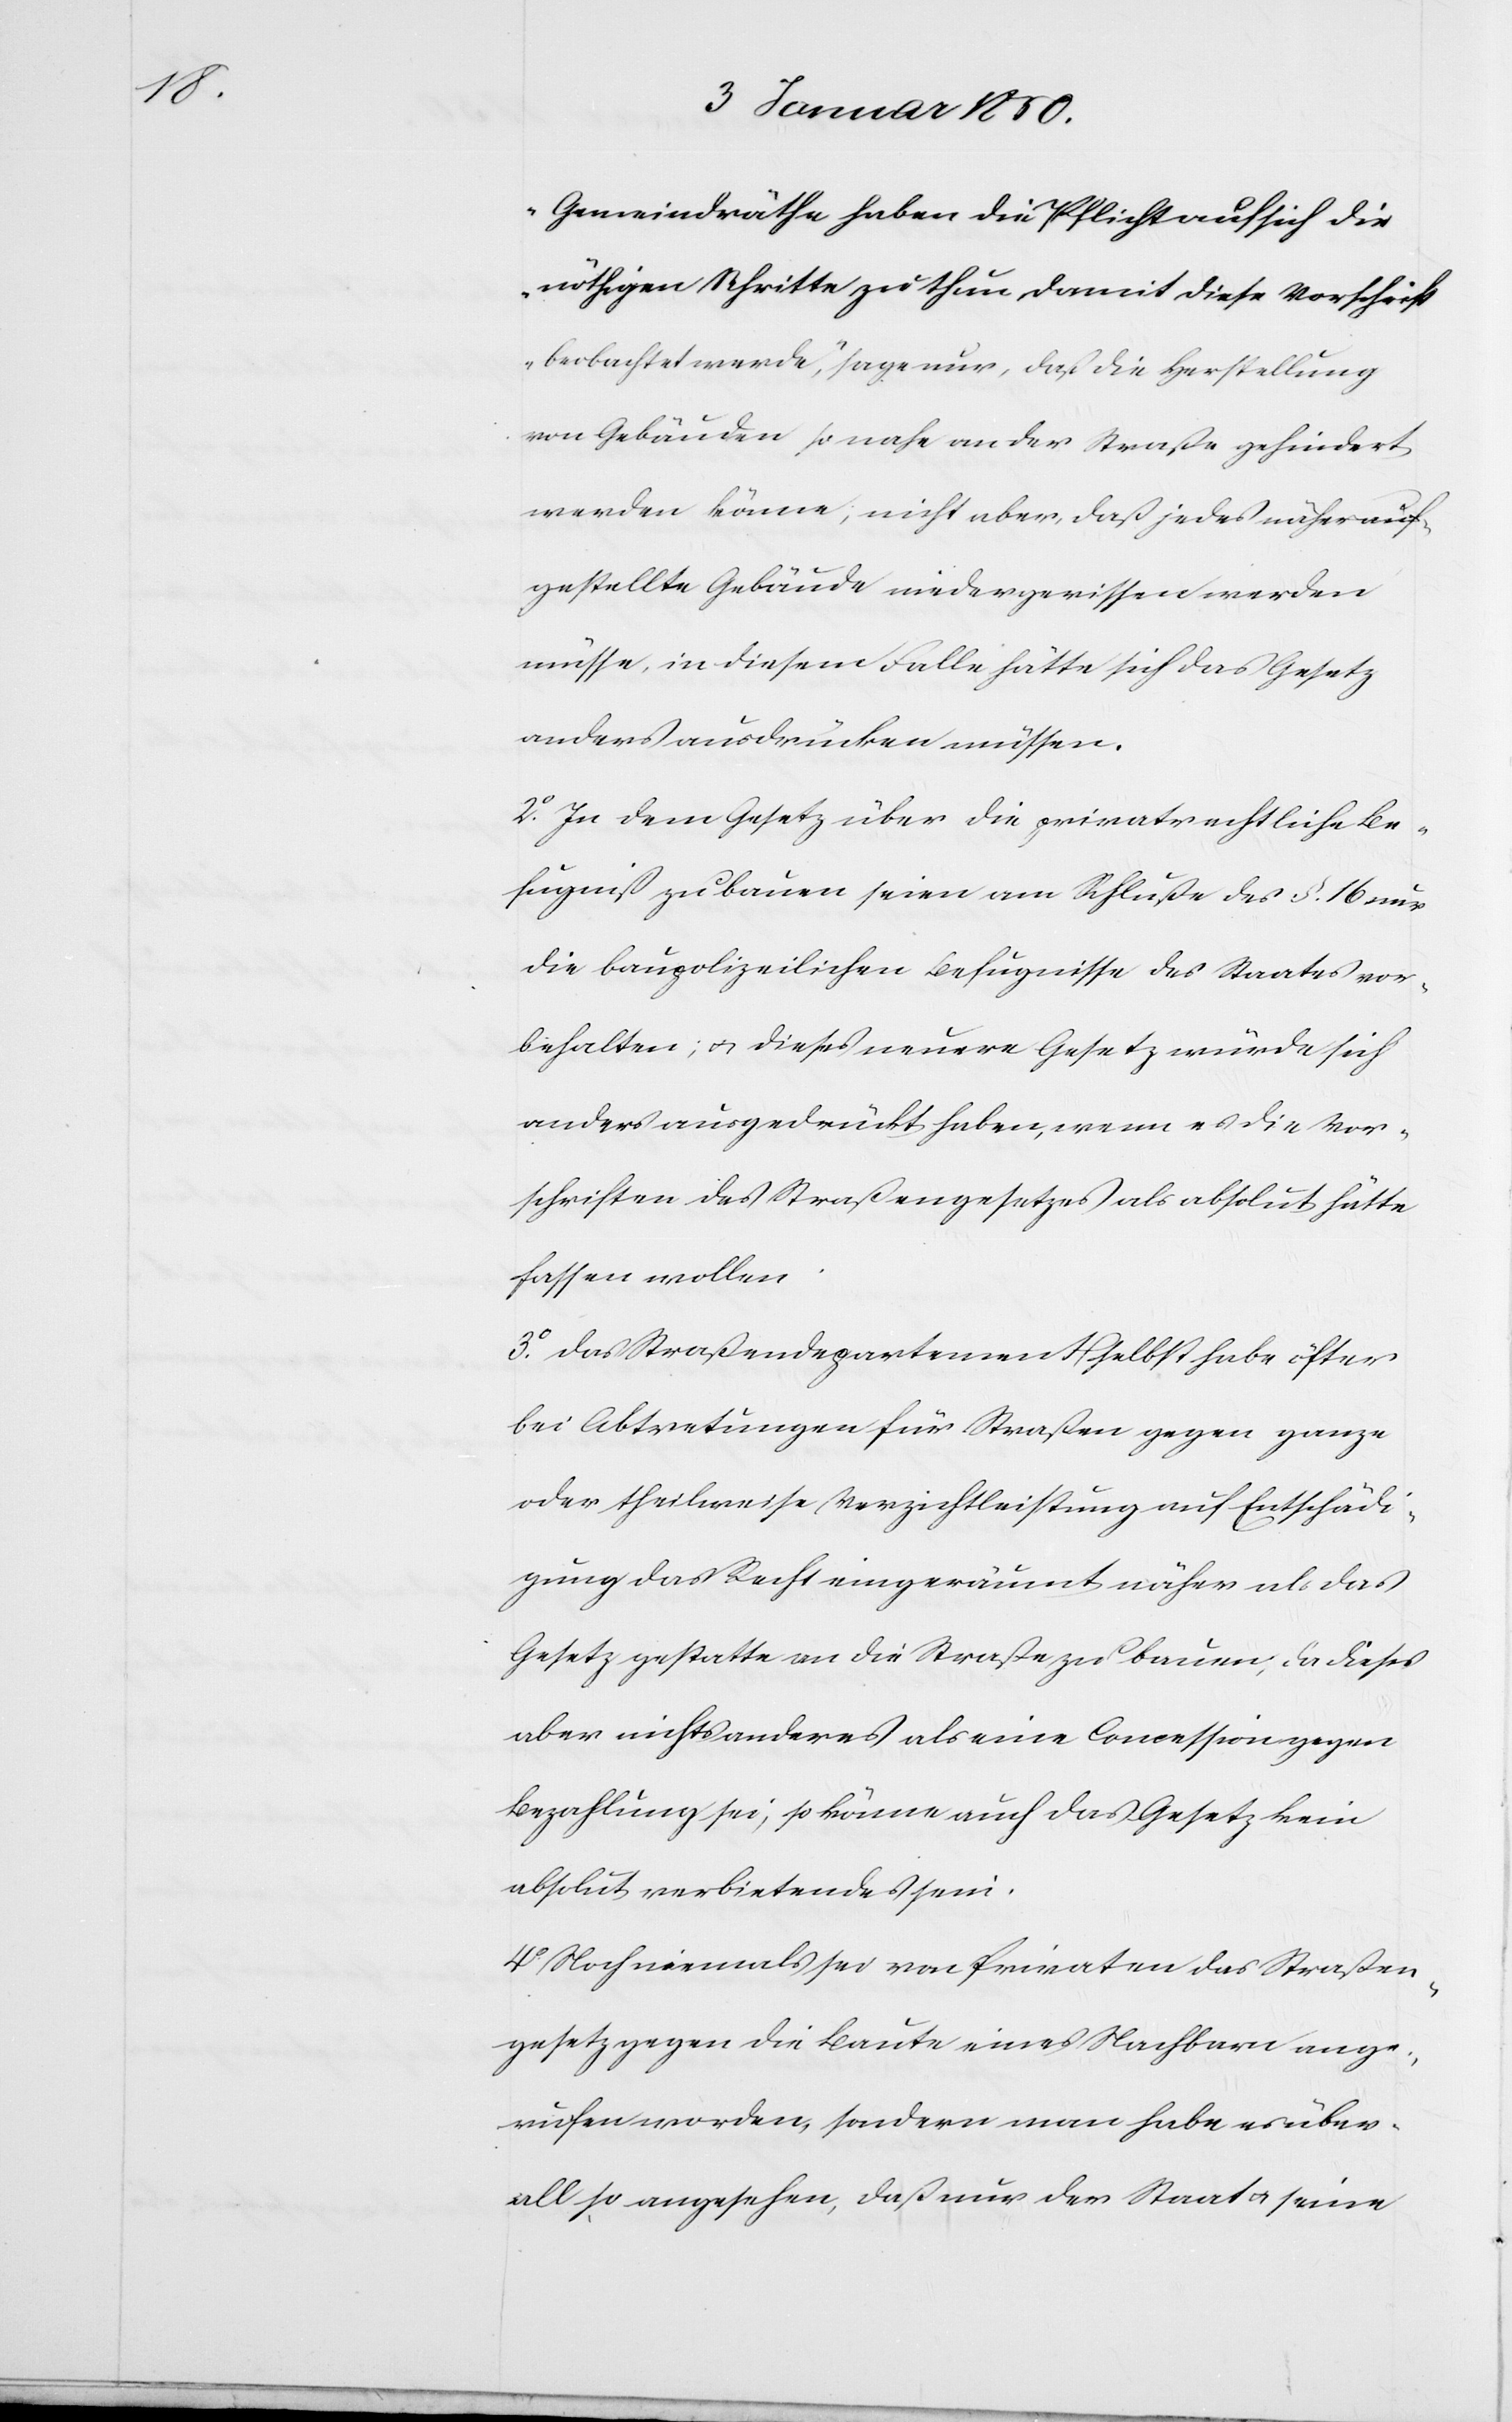
Gemeindräthe haben die Pflicht auf sich die
nöthigen Schritte zu thun, damit diese Vorschrift
beobachtet werde“, sage nur, daß die Herstellung
von Gebäuden so nahe an der Straße gehindert
werden könne, nicht aber, daß jedes näher auf¬
gestellte Gebäude niedergerissen werden
müsse, in diesem Falle hätte sich das Gesetz
anders ausdrücken müssen.
2.o In dem Gesetz über die privatrechtliche Be¬
fugniß zu bauen seien am Schluße des §. 16 nur
die baupolizeilichen Befugnisse des Staates vor¬
behalten; u. dieses neuere Gesetz würde sich
anders ausgedrückt haben, wenn es die Vor¬
schriften des Straßengesetzes als absolut hätte
fassen wollen.
3.o Das Straßendepartement selbst habe öfter
bei Abtretungen für Straßen gegen ganze
oder theilweise Verzichtleistung auf Entschädi¬
gung das Recht eingeräumt, näher als das
Gesetz gestatte an die Strasse zu bauen; da dieses
aber nichts anderes als eine Concession gegen
Bezahlung sei, so könne auch das Gesetz kein
absolut verbietendes sein.
4.o Noch niemals sei von Privaten das Straßen¬
gesetz gegen die Baute eines Nachbarn ange¬
rufen worden, sondern man habe es über¬
all so angesehen, daß nur der Staat u. seine